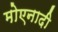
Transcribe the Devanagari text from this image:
मोएनादी